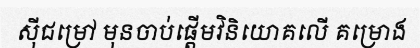
ស៊ីជម្រៅ មុនចាប់ផ្តើមវិនិយោគលើ គម្រោង